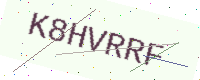
Text: K8HVRRF